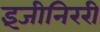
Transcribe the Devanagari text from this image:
इंजीनिररी